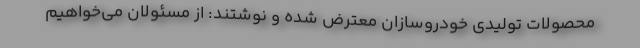
محصولات تولیدی خودروسازان معترض شده و نوشتند: از مسئولان می‌خواهیم